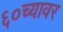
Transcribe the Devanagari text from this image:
६०च्यावर